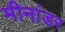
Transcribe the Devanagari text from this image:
मीनांडर